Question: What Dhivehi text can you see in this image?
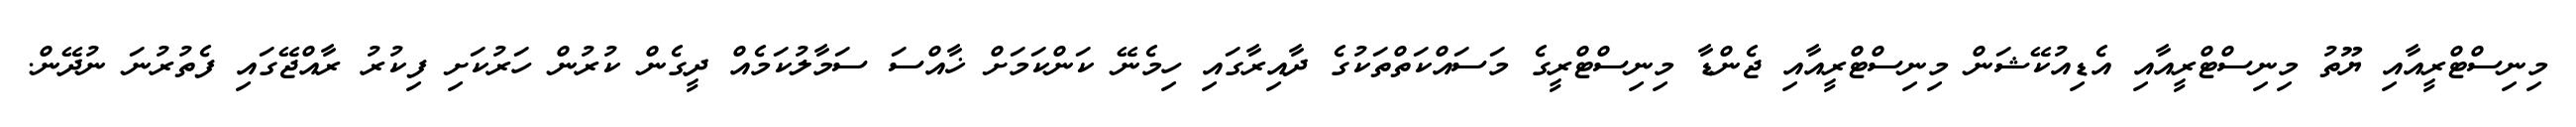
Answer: މިނިސްޓްރީއާއި ޔޫތު މިނިސްޓްރީއާއި އެޑިއުކޭޝަން މިނިސްޓްރީއާއި ޖެންޑާ މިނިސްޓްރީގެ މަސައްކަތްތަކުގެ ދާއިރާގައި ހިމެނޭ ކަންކަމަށް ޚާއްސަ ސަމާލުކަމެއް ދީގެން ކުރުން ހަރުކަށި ފިކުރު ރާއްޖޭގައި ފެތުރުނަ ނުދޭން.